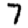
Digit: 7